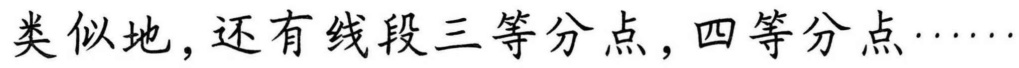
类似地，还有线段三等分点，四等分点……